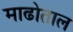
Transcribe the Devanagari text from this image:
माढोताल